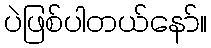
ပဲဖြစ်ပါတယ်နော်။